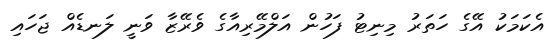
އެކަމަކު އޭގެ ހަތަރު މިނިޓު ފަހުން އަލްމޭރިއާގެ ވެރޭޒާ ވަނީ ލަނޑެއް ޖަހައި